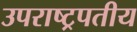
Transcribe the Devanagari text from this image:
उपराष्ट्रपतीय